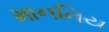
માનનિય